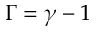
\Gamma = \gamma - 1